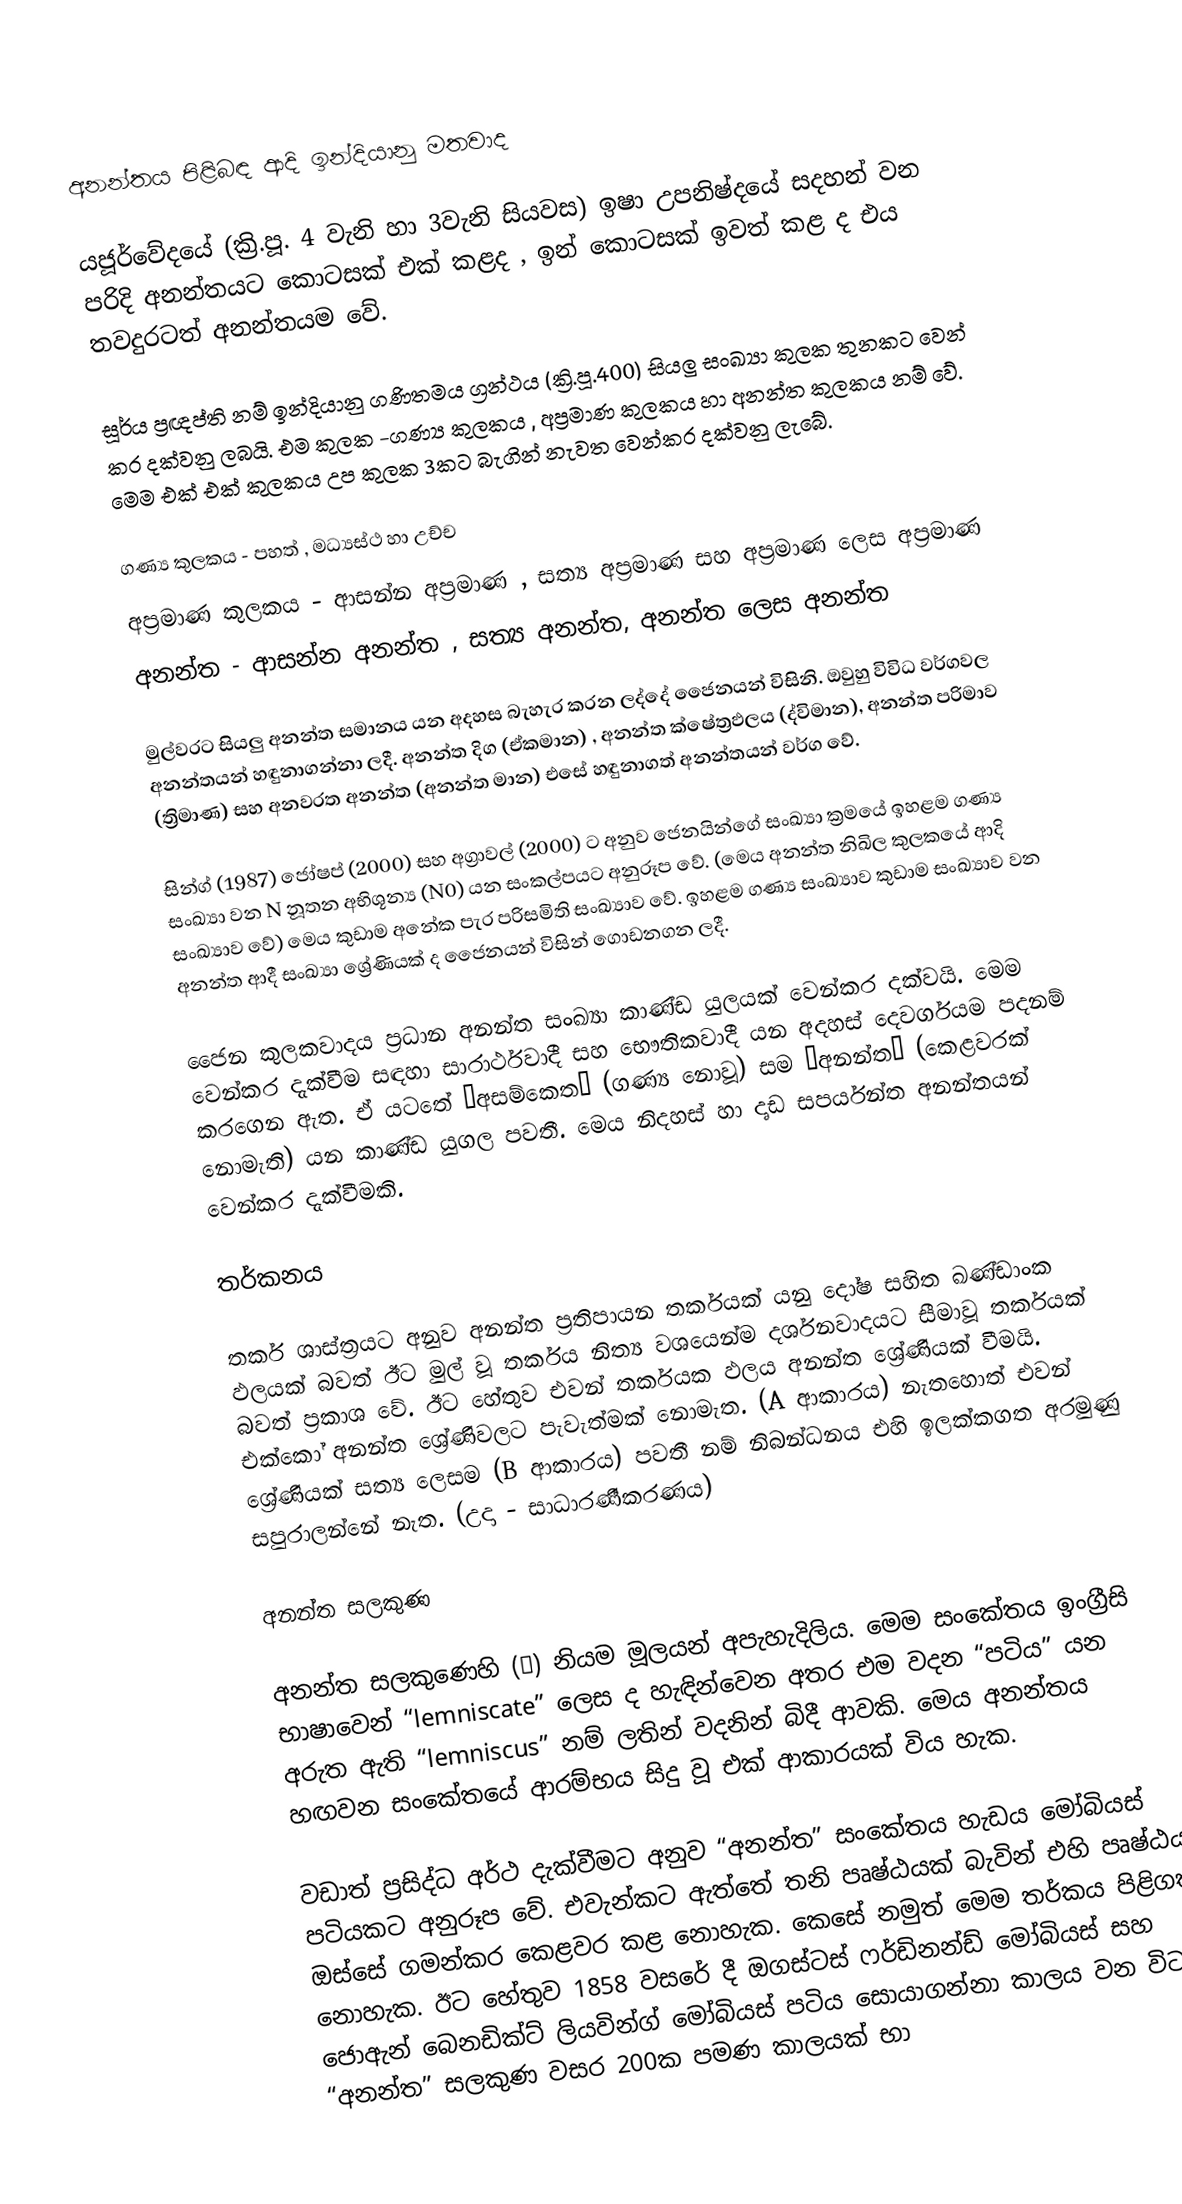

අනන්තය පිළිබඳ ආදි ඉන්දියානු මතවාද

යජූර්වේදයේ (ක්‍රි.පූ. 4 වැනි හා 3වැනි සියවස) ඉෂා උපනිෂ්දයේ සදහන් වන පරිදි අනන්තයට කොටසක් එක් කළද , ඉන් කොටසක් ඉවත් කළ ද එය තවදුරටත් අනන්තයම වේ.

සූර්ය ප්‍රඥප්ති නම් ඉන්දියානු ගණිතමය ග්‍රන්ථය (ක්‍රි.පූ.400) සියලු සංඛ්‍යා කුලක තුනකට වෙන් කර දක්වනු ලබයි. එම කුලක -ගණ්‍ය කුලකය , අප්‍රමාණ කුලකය හා අනන්ත කුලකය නම් වේ. මෙම එක් එක් කුලකය උප කුලක 3කට බැගින් නැවත වෙන්කර දක්වනු ලැබේ.

	ගණ්‍ය කුලකය		-	පහත් , මධ්‍යස්ථ  හා උච්ච
	අප්‍රමාණ කුලකය	-	ආසන්න අප්‍රමාණ , සත්‍ය අප්‍රමාණ සහ අප්‍රමාණ ලෙස අප්‍රමාණ
	අනන්ත	-	ආසන්න අනන්ත , සත්‍ය අනන්ත, අනන්ත ලෙස අනන්ත

මුල්වරට සියලු අනන්ත සමානය යන අදහස බැහැර කරන ලද්දේ ජෛනයන් විසිනි. ඔවුහු විවිධ වර්ගවල අනන්තයන් හඳුනාගන්නා ලදී. අනන්ත දිග (ඒකමාන) , අනන්ත ක්ෂේත්‍රඵලය (ද්විමාන), අනන්ත පරිමාව (ත්‍රිමාණ) සහ අනවරත අනන්ත (අනන්ත මාන) එසේ හඳුනාගත් අනන්තයන් වර්ග වේ.

සින්ග් (1987) ජෝෂප් (2000) සහ අග්‍රාවල් (2000) ට අනුව ජෙනයින්ගේ සංඛ්‍යා ක්‍රම‍යේ  ඉහළම ගණ්‍ය සංඛ්‍යා වන N නූතන අභිශූන්‍ය (N0) යන සංකල්පයට අනුරූප වේ. (මෙය අනන්ත නිඛිල කුලකයේ ආදි සංඛ්‍යාව වේ) මෙය කුඩාම අනේක පැර පරිසමිති සංඛ්‍යාව වේ. ඉහළම ගණ්‍ය සංඛ්‍යාව කුඩාම සංඛ්‍යාව වන අනන්ත ආදී සංඛ්‍යා ශ්‍රේණි‍යක් ද ජෛනයන් විසින් ගොඩනගන ලදී.

ජෛන කුලකවාදය ප්‍රධාන අනන්ත සංඛ්‍යා කාණ්ඩ යුලයක් වෙන්කර දක්වයි. මෙම වෙන්කර දැක්වීම සඳහා සාරාර්ථවාදී සහ භෞතිකවාදී යන අදහස් දෙවර්ගයම පදනම් කරගෙන ඇත. ඒ යටතේ “අසම්කෙත” (ගණ්‍ය නොවූ) සම “අනන්ත” (කෙළවරක් නොමැති) යන කාණ්ඩ යුගල පවතී. මෙය නිදහස් හා දෘඩ සපර්යන්ත අනන්තයන් වෙන්කර දැක්වීමකි.

තර්කනය

තර්ක ශාස්ත්‍රයට අනුව අනන්ත ප්‍රතිපායන තර්කයක් යනු දෝෂ සහිත ඛණ්ඩාංක ඵලයක් බවත් ඊට මුල් වූ තර්කය නිත්‍ය වශයෙන්ම දර්ශනවාදයට සීමාවූ තර්කයක් බවත් ප්‍රකාශ වේ. ඊට හේතුව එවන් තර්කයක ඵලය අනන්ත ශ්‍රේණියක් වීමයි. එක්කෝ අනන්ත ශ්‍රේණිවලට පැවැත්මක් නොමැත. (A ආකාරය) නැතහොත් එවන් ශ්‍රේණියක් සත්‍ය ලෙසම (B ආකාරය) පවතී නම් නිබන්ධනය එහි ඉලක්කගත අරමුණු සපුරාලන්නේ නැත. (උදා - සාධාරණීකරණය)

අනන්ත සලකුණ

අනන්ත සලකුණෙහි (∞) නියම මූලයන් අපැහැදිලිය. මෙම සංකේතය ඉංග්‍රීසි භාෂාවෙන් “lemniscate” ලෙස ද හැඳින්වෙන අතර එම වදන “පටිය” යන අරුත ඇති “lemniscus” නම් ලතින් වදනින් බිදී ආවකි. මෙය අනන්තය හඟවන සංකේතයේ ආරම්භය සිදු වූ එක් ආකාරයක් විය හැක.

වඩාත් ප්‍රසිද්ධ අර්ථ දැක්වීමට අනුව “අනන්ත” සංකේතය හැඩය මෝබියස් පටියකට අනුරූප වේ. එවැන්කට ඇත්තේ තනි පෘෂ්ඨයක් බැවින් එහි පෘෂ්ඨය ඔස්සේ ගමන්කර කෙළවර කළ නොහැක. කෙසේ නමුත් මෙම තර්කය පිළිගත නොහැක. ඊට හේතුව 1858 වසරේ දී ඔගස්ටස් ෆර්ඩිනන්ඩ් මෝබියස් සහ‍ ජොඇන් බෙනඩික්ට් ලියවින්ග් ‍මෝබියස් පටිය සොයාගන්නා කාලය වන විට “අනන්ත” සලකුණ වසර 200ක පමණ කාලයක් භා